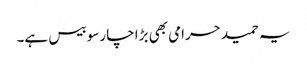
یہ حمید حرامی بھی بڑا چارسو بیس ہے۔